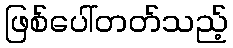
ဖြစ်ပေါ်တတ်သည့်